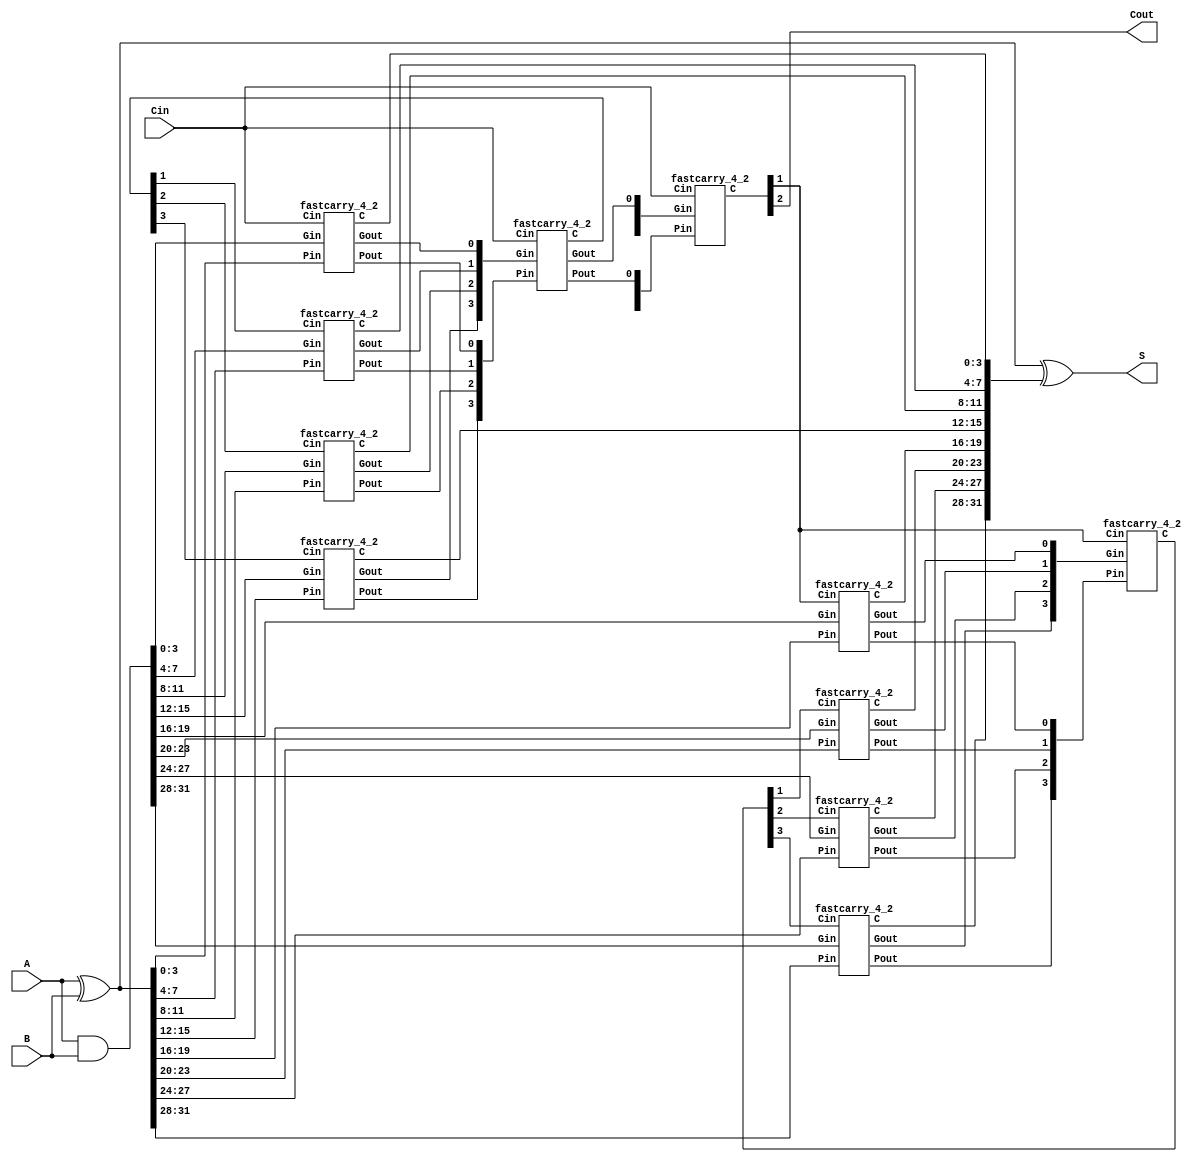
module fastcarry_32 (
    input  [31: 0] A,
    input  [31: 0] B,
    input          Cin,
    output [31: 0] S,
    output         Cout
);

    wire   [31: 0] P0;
    wire   [31: 0] G0;
    wire   [31: 0] C0;
    wire   [ 7: 0] P1;
    wire   [ 7: 0] G1;
    wire   [ 7: 0] C1;
    wire   [ 3: 0] P2;
    wire   [ 3: 0] G2;
    wire   [ 3: 0] C2;
    
    assign    P0 =  A ^ B;
    assign    G0 =  A & B;
    assign     S = P0 ^ C0;
    assign  Cout = C2[2];

    fastcarry_4_2  f00 (
        .Pin  ( P0 [ 3: 0]), 
        .Gin  ( G0 [ 3: 0]), 
        .Cin  (Cin        ), 
        .C    ( C0 [ 3: 0]), 
        .Pout ( P1 [    0]), 
        .Gout ( G1 [    0])
    );
    fastcarry_4_2  f01 (
        .Pin  ( P0 [ 7: 4]), 
        .Gin  ( G0 [ 7: 4]), 
        .Cin  ( C1 [    1]), 
        .C    ( C0 [ 7: 4]), 
        .Pout ( P1 [    1]), 
        .Gout ( G1 [    1])
    );
    fastcarry_4_2  f02 (
        .Pin  ( P0 [11: 8]), 
        .Gin  ( G0 [11: 8]), 
        .Cin  ( C1 [    2]), 
        .C    ( C0 [11: 8]), 
        .Pout ( P1 [    2]), 
        .Gout ( G1 [    2])
    );
    fastcarry_4_2  f03 (
        .Pin  ( P0 [15:12]), 
        .Gin  ( G0 [15:12]), 
        .Cin  ( C1 [    3]), 
        .C    ( C0 [15:12]), 
        .Pout ( P1 [    3]), 
        .Gout ( G1 [    3])
    );
    fastcarry_4_2  f04 (
        .Pin  ( P0 [19:16]), 
        .Gin  ( G0 [19:16]), 
        .Cin  ( C2 [    1]), 
        .C    ( C0 [19:16]), 
        .Pout ( P1 [    4]), 
        .Gout ( G1 [    4])
    );
    fastcarry_4_2  f05 (
        .Pin  ( P0 [23:20]), 
        .Gin  ( G0 [23:20]), 
        .Cin  ( C1 [    5]), 
        .C    ( C0 [23:20]), 
        .Pout ( P1 [    5]), 
        .Gout ( G1 [    5])
    );
    fastcarry_4_2  f06 (
        .Pin  ( P0 [27:24]), 
        .Gin  ( G0 [27:24]), 
        .Cin  ( C1 [    6]), 
        .C    ( C0 [27:24]), 
        .Pout ( P1 [    6]), 
        .Gout ( G1 [    6])
    );
    fastcarry_4_2  f07 (
        .Pin  ( P0 [31:28]), 
        .Gin  ( G0 [31:28]), 
        .Cin  ( C1 [    7]), 
        .C    ( C0 [31:28]),
        .Pout ( P1 [    7]),
        .Gout ( G1 [    7])
    );
    fastcarry_4_2  f10 (
        .Pin  ( P1 [ 3: 0]), 
        .Gin  ( G1 [ 3: 0]), 
        .Cin  (Cin        ),
        .C    ( C1 [ 3: 0]),
        .Pout ( P2 [    0]), 
        .Gout ( G2 [    0])
    );
    fastcarry_4_2  f11 (
        .Pin  ( P1 [ 7: 4]), 
        .Gin  ( G1 [ 7: 4]), 
        .Cin  ( C2 [    1]),
        .C    ( C1 [ 7: 4])
    );
    fastcarry_4_2  f20 (
        .Pin  ( P2 [ 3: 0]), 
        .Gin  ( G2 [ 3: 0]), 
        .Cin  (Cin        ),
        .C    ( C2 [ 3: 0])
    );
endmodule

module fastcarry_4_2 (  
    input  [ 3: 0] Pin,
    input  [ 3: 0] Gin,
    input          Cin,
    output [ 3: 0] C,
    output         Pout,
    output         Gout
);

    assign  C[0] = Cin;
    assign  C[1] = Gin[0] 
                || Pin[0] && Cin;
    assign  C[2] = Gin[1] 
                || Pin[1] && Gin[0] 
                || Pin[1] && Pin[0] && Cin;
    assign  C[3] = Gin[2] 
                || Pin[2] && Gin[1] 
                || Pin[2] && Pin[1] && Gin[0] 
                || Pin[2] && Pin[1] && Pin[0] && Cin;
    assign  Gout = Gin[3] 
                || Pin[3] && Gin[2] 
                || Pin[3] && Pin[2] && Gin[1] 
                || Pin[3] && Pin[2] && Pin[1] && Gin[0];
    assign  Pout = Pin[3] && Pin[2] && Pin[1] && Pin[0];
endmodule